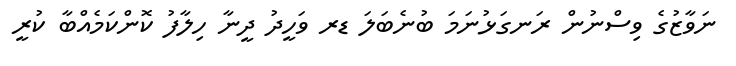
ނަވާޒުގެ ވިސްނުން ރަނގަޅުނަމަ ބުނެބަލަ ޑރ ވަހީދު ދީނާ ހިލާފު ކޮންކަމެއްބާ ކުރީ